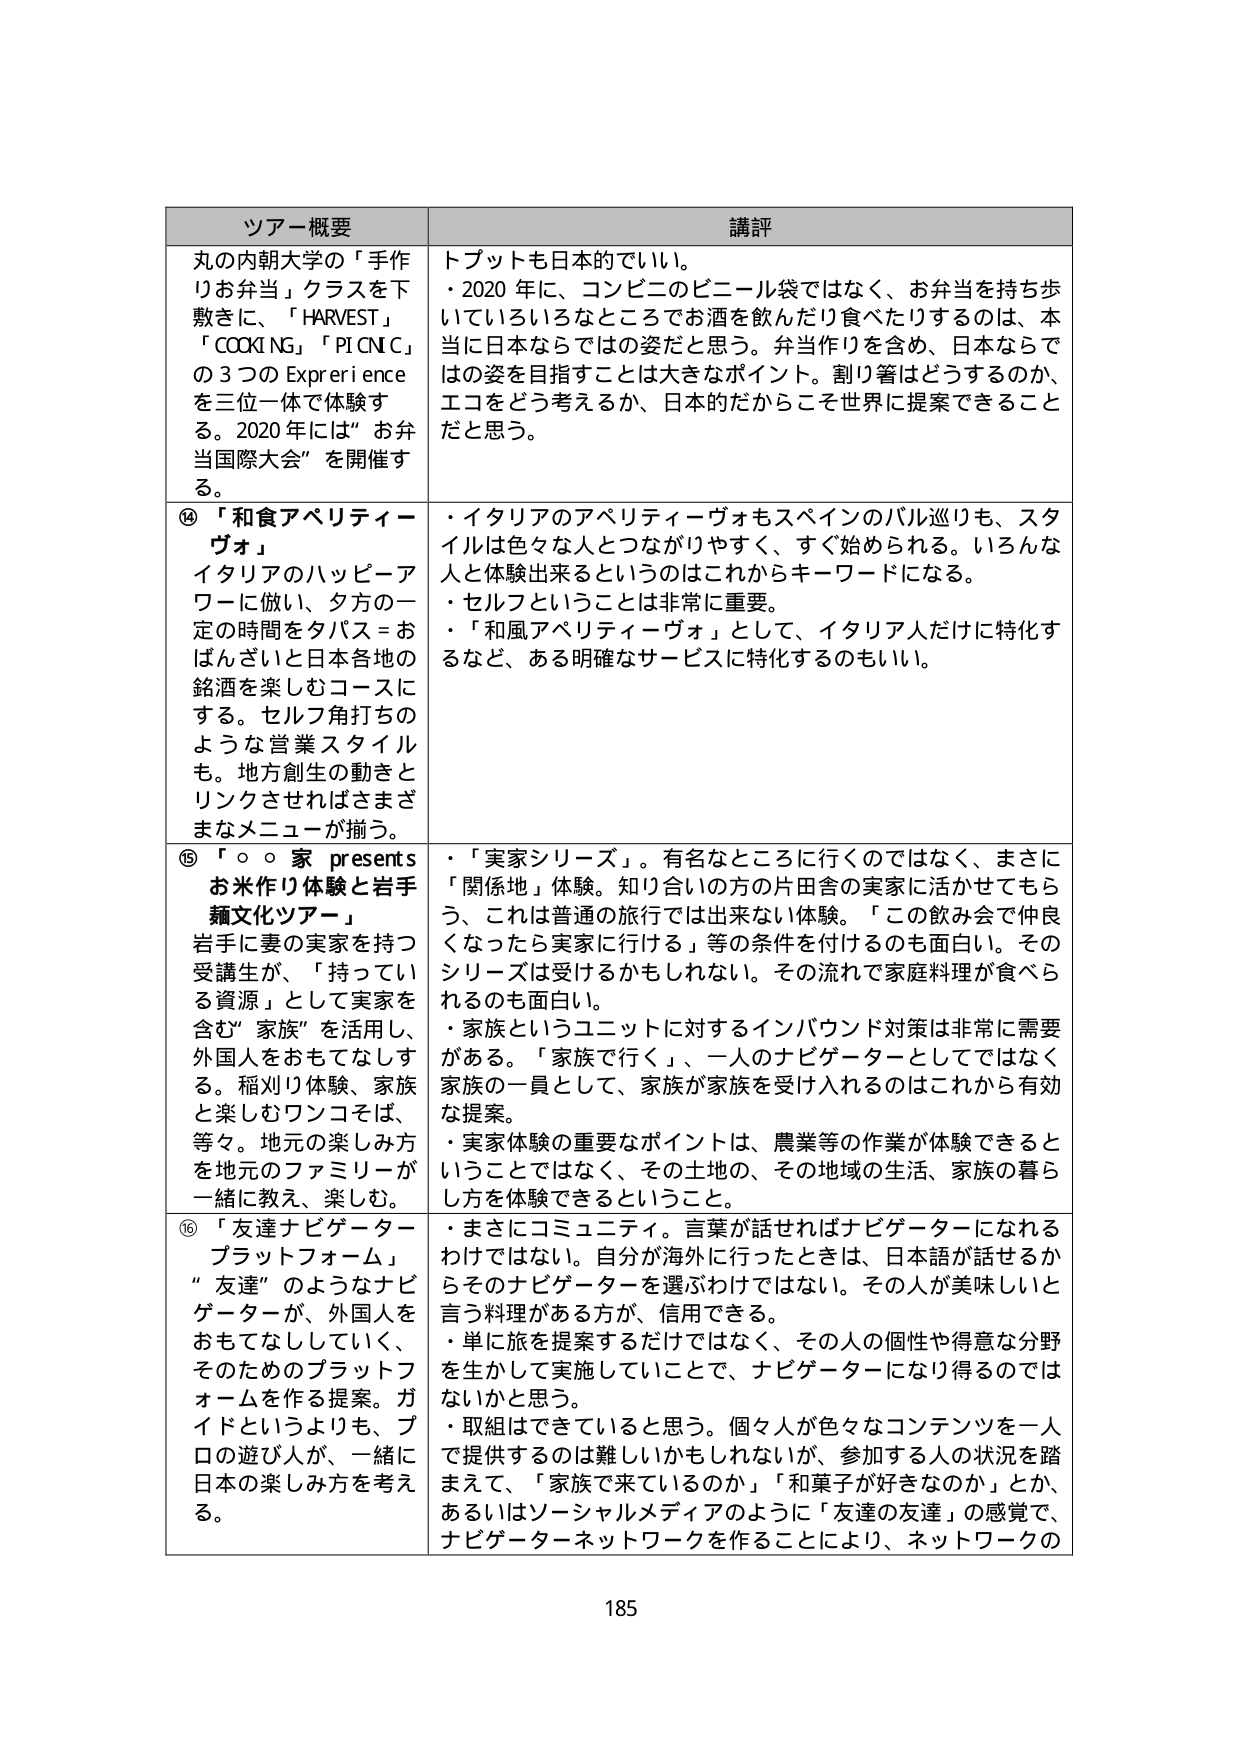
ツアーコ概要
講評
丸の内朝大学の「手作りお弁当」クランを下敷きに、「HARVEST」「COCKING」「PICNIC」の3つのExperienceを三位一体で体験する。2020年には“お弁当国際大会”を開催する。
トップトも日本的でいい。
・2020年に、コンビニのビニール袋ではなく、お弁当を持ち歩いていろいろなところでお酒を飲んだり食べたりするのは、本当に日本ならではの姿だと思う。弁当作りを含め、日本ならではの姿を目指すことは大きなポイント。割り箸はどうするのか、エコをどう考えるか、日本的だからこそ世界に提案できることだと思う。
⑭「和食アペリティーヴォ」
イタリアのハッピーアワーに倣い、夕方の一定の時間をタパス＝おばんざいと日本各地の銘酒を楽しむコースにする。セルフ角打ちのような営業スタイルも。地方創生の動きとリンクさせればさまざまなメニューが揃う。
・イタリアのアペリティーヴォもスペインのバル巡りも、スタイルは色々な人とつながりやすく、すぐ始められる。いろんな人と体験出来るというのはこれからキーワードになる。
・セルフということは非常に重要。
・「和風アペリティーヴォ」として、イタリア人だけに特化するなど、ある明確なサービスに特化するのもいい。
⑮「○○家 presents お米作り体験と岩手麺文化ツアー」
岩手に妻の実家を持つ受講生が、「持っている資源」として実家を含む“家族”を活用し、外国人をおもてなしする。稲刈り体験、家族と楽しむワンコそば、等々。地元の楽しみ方を地元のファミリーが一緒に教え、楽しむ。
・「実家シリーズ」。有名なところに行くのではなく、まさに「関係地」体験。知り合いの方の片田舎の実家に活かせてもらう、これは普通の旅行では出来ない体験。「この飲み会で仲良くなったら実家に行ける」等の条件を付けるのも面白い。そのシリーズは受けるかもしれない。その流れで家庭料理が食べられるのも面白い。
・家族というユニットに対するインバウンド対策は非常に需要がある。「家族で行く」、一人のナビゲーターとしてではなく家族の一員として、家族が家族を受け入れるのはこれから有効な提案。
・実家体験の重要なポイントは、農業等の作業が体験できるということではなく、その土地の、その地域の生活、家族の暮らし方を体験できるということ。
⑯「友達ナビゲータープラットフォーム」
“友達”のようなナビゲーターが、外国人をおもてなししていく、そのためのプラットフォームを作る提案。ガイドというよりも、プロの遊び人が、一緒に日本の楽しみ方を考える。
・まさにコミュニティ。言葉が話せればナビゲーターになれるわけではない。自分が海外に行ったときは、日本語が話せるからそのナビゲーターを選ばわけではない。その人が美味しいと言う料理がある方が、信用できる。
・単に旅を提案するだけではなく、その人の個性や得意な分野を生かして実施していくことで、ナビゲーターになり得るのではないかと思う。
・取組はできていると思う。個々人が色々なコンテンツを一人で提供するのは難しいかもしれないが、参加する人の状況を踏まえて、「家族で来ているのか」「和菓子が好きなのか」とか、あるいはソーシャルメディアのように「友達の友達」の感覚で、ナビゲーターネットワークを作ることにより、ネットワークの
185